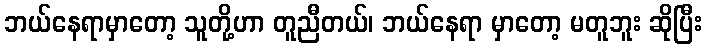
ဘယ်နေရာမှာတော့ သူတို့ဟာ တူညီတယ်၊ ဘယ်နေရာ မှာတော့ မတူဘူး ဆိုပြီး